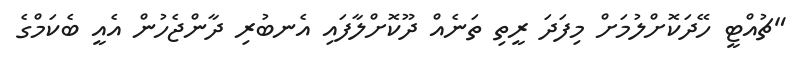
"ޗުއްޓީ ހޭދަކޮށްލުމަށް މިފަދަ ރީތި ތަނެއް ދޫކޮށްލާފައި އެނބުރި ދާންޖެހުން އެއީ ބެކަމްގެ